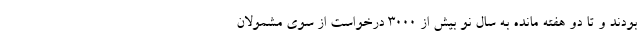
بودند و تا دو هفته مانده به سال نو بیش از ۳۰۰۰ درخواست از سوی مشمولان